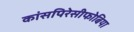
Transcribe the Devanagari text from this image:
कांसपिरेसीफोबिया